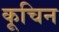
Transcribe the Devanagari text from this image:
कूचिन